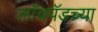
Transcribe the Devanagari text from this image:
लाँचपॅडच्या